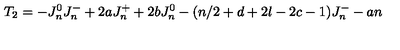
T _ { 2 } = - J _ { n } ^ { 0 } J _ { n } ^ { - } + 2 a J _ { n } ^ { + } + 2 b J _ { n } ^ { 0 } - ( n / 2 + d + 2 l - 2 c - 1 ) J _ { n } ^ { - } - a n